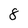
Character: 8